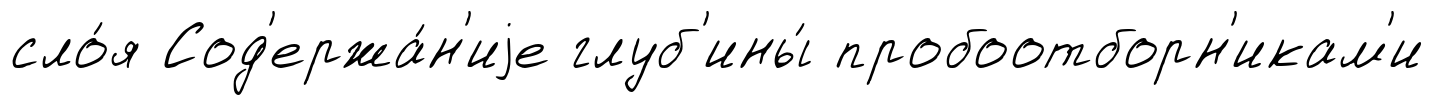
сло́я Сод'ержа́н'иjе глуб'ины́ пробоотборн'икам'и